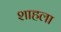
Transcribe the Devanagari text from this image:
शाहला